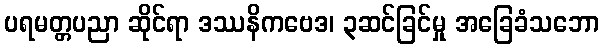
ပရမတ္တပညာ ဆိုင်ရာ ဒဿနိကဗေဒ၊ ၃ဆင်ခြင်မှု အခြေခံသဘော